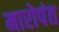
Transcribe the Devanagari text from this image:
मारोपंत